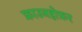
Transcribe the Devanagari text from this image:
फ्राउनहोफ़र